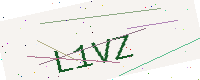
Text: L1VZ